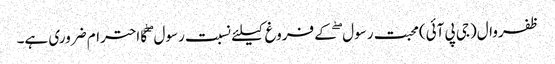
ظفروال(جی پی آئی)محبت رسول ۖ کے فروغ کیلئے نسبت رسول ۖ کا احترام ضروری ہے۔